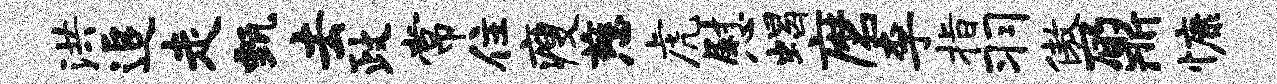
洪追走甄去政常住瘦慈虎慰蝎磨李指羽傲鼐慷